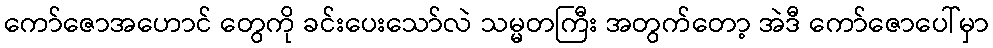
ကော်ဇောအဟောင် တွေကို ခင်းပေးသော်လဲ သမ္မတကြီး အတွက်တော့ အဲဒီ ကော်ဇောပေါ်မှာ